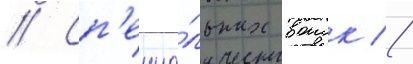
// Сп'ециа́льных воиск //